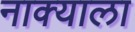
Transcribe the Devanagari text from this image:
नाक्याला